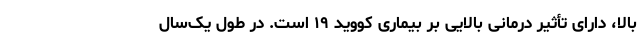
بالا، دارای تأثیر درمانی بالایی بر بیماری کووید ۱۹ است. در طول یک‌سال